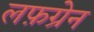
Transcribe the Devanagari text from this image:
लफ़ग्रेन